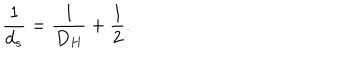
\frac { 1 } { d _ { s } } = \frac { 1 } { D _ { H } } + \frac { 1 } { 2 } .